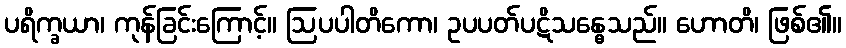
ပရိက္ခယာ၊ ကုန်ခြင်းကြောင့်။ ဩပပါတိကော၊ ဥပပတ်ပဋိသန္ဓေသည်။ ဟောတိ၊ ဖြစ်၏။